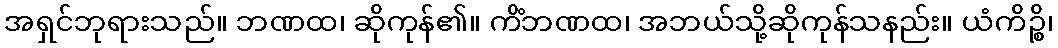
အရှင်ဘုရားသည်။ ဘဏထ၊ ဆိုကုန်၏။ ကိံဘဏထ၊ အဘယ်သို့ဆိုကုန်သနည်း။ ယံကိဉ္စိ၊